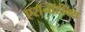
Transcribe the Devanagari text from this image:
एरॉनॉटीक्स